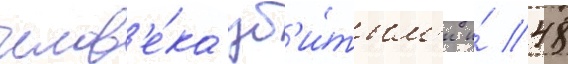
челов'е́ка уб'и́тым'и и́ 48